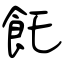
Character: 飥